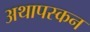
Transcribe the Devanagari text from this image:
अथापस्कन